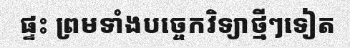
ផ្ទះ ព្រមទាំងបច្ចេកវិទ្យាថ្មីៗទៀត